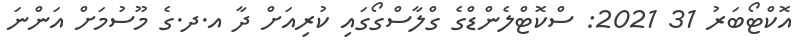
އޮކްޓޯބަރު 31 2021: ސްކޮޓްލެންޑްގެ ގްލާސްގޯގައި ކުރިއަށް ދާ އ.ދ.ގެ މޫސުމަށް އަންނަ